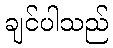
ချင်ပါသည်